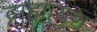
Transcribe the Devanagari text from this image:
द्राह्मायण